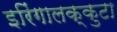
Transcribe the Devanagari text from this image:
इरिंगालक्कुटा